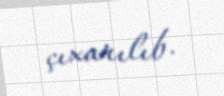
çıxarılıb.